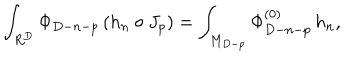
\int _ { R ^ { D } } \Phi _ { D - n - p } \, ( h _ { n } \circ J _ { p } ) = \int _ { M _ { D - p } } \Phi _ { D - n - p } ^ { ( 0 ) } \, h _ { n } ,